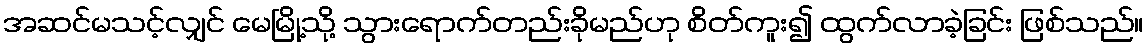
အဆင်မသင့်လျှင် မေမြို့သို့ သွားရောက်တည်းခိုမည်ဟု စိတ်ကူး၍ ထွက်လာခဲ့ခြင်း ဖြစ်သည်။